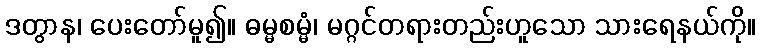
ဒတွာန၊ ပေးတော်မူ၍။ ဓမ္မစမ္မံ၊ မဂ္ဂင်တရားတည်းဟူသော သားရေနယ်ကို။